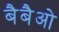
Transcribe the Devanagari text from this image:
बैबैओ